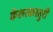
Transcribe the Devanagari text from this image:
केशरकस्तुरी